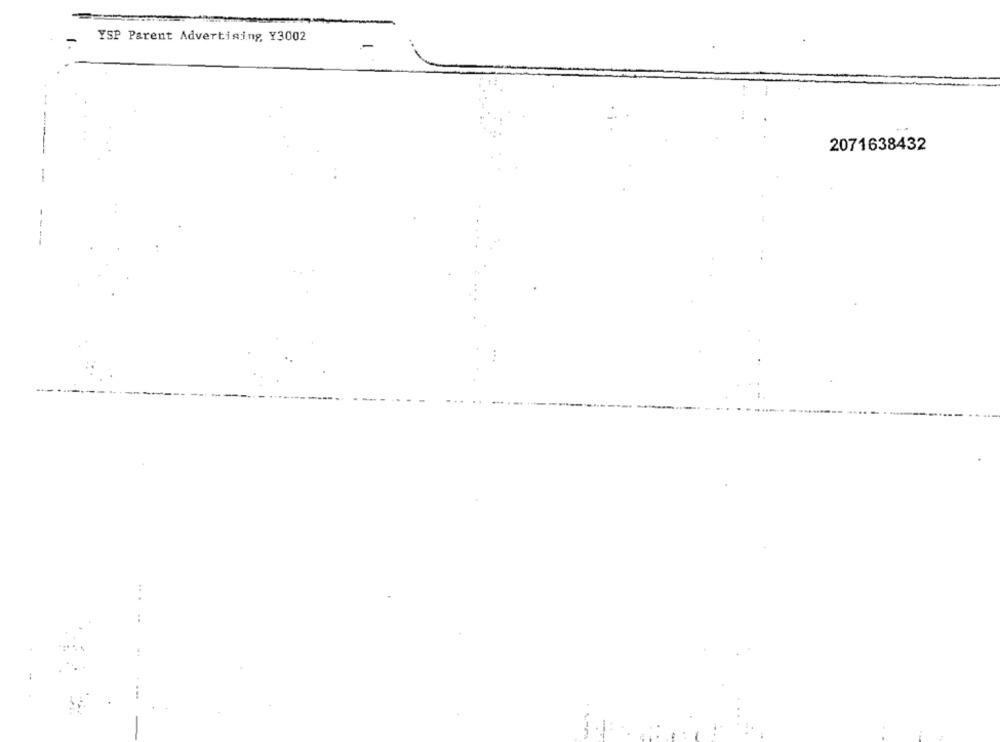
YSP Parent Advertising Y3002
2071638432
.. .